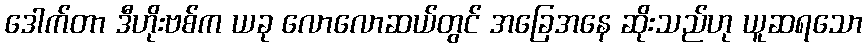
ဒေါက်တာ ဒီဟိုးဗစ်က ယခု လောလောဆယ်တွင် အခြေအနေ ဆိုးသည်ဟု ယူဆရသော